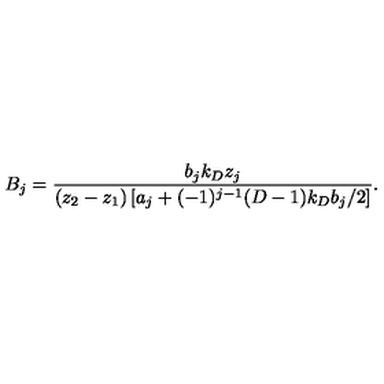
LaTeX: B _ { j } = \frac { b _ { j } k _ { D } z _ { j } } { ( z _ { 2 } - z _ { 1 } ) \left[ a _ { j } + ( - 1 ) ^ { j - 1 } ( D - 1 ) k _ { D } b _ { j } / 2 \right] } .